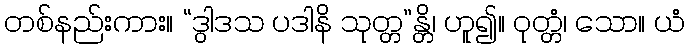
တစ်နည်းကား။ “ဒွါဒသ ပဒါနိ သုတ္တ”န္တိ၊ ဟူ၍။ ဝုတ္တံ၊ သော။ ယံ